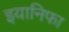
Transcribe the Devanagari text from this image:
इयानिफा